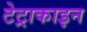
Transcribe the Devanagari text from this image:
टेट्राकाइन